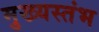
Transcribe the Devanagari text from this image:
मुख्यस्तंभ